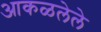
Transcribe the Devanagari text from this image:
आकळलेले